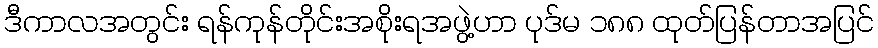
ဒီကာလအတွင်း ရန်ကုန်တိုင်းအစိုးရအဖွဲ့ဟာ ပုဒ်မ ၁၈၈ ထုတ်ပြန်တာအပြင်